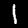
Label: 1